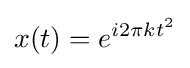
x(t)=e^{i2\pi kt^{2}}